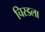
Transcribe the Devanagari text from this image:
चिरडला